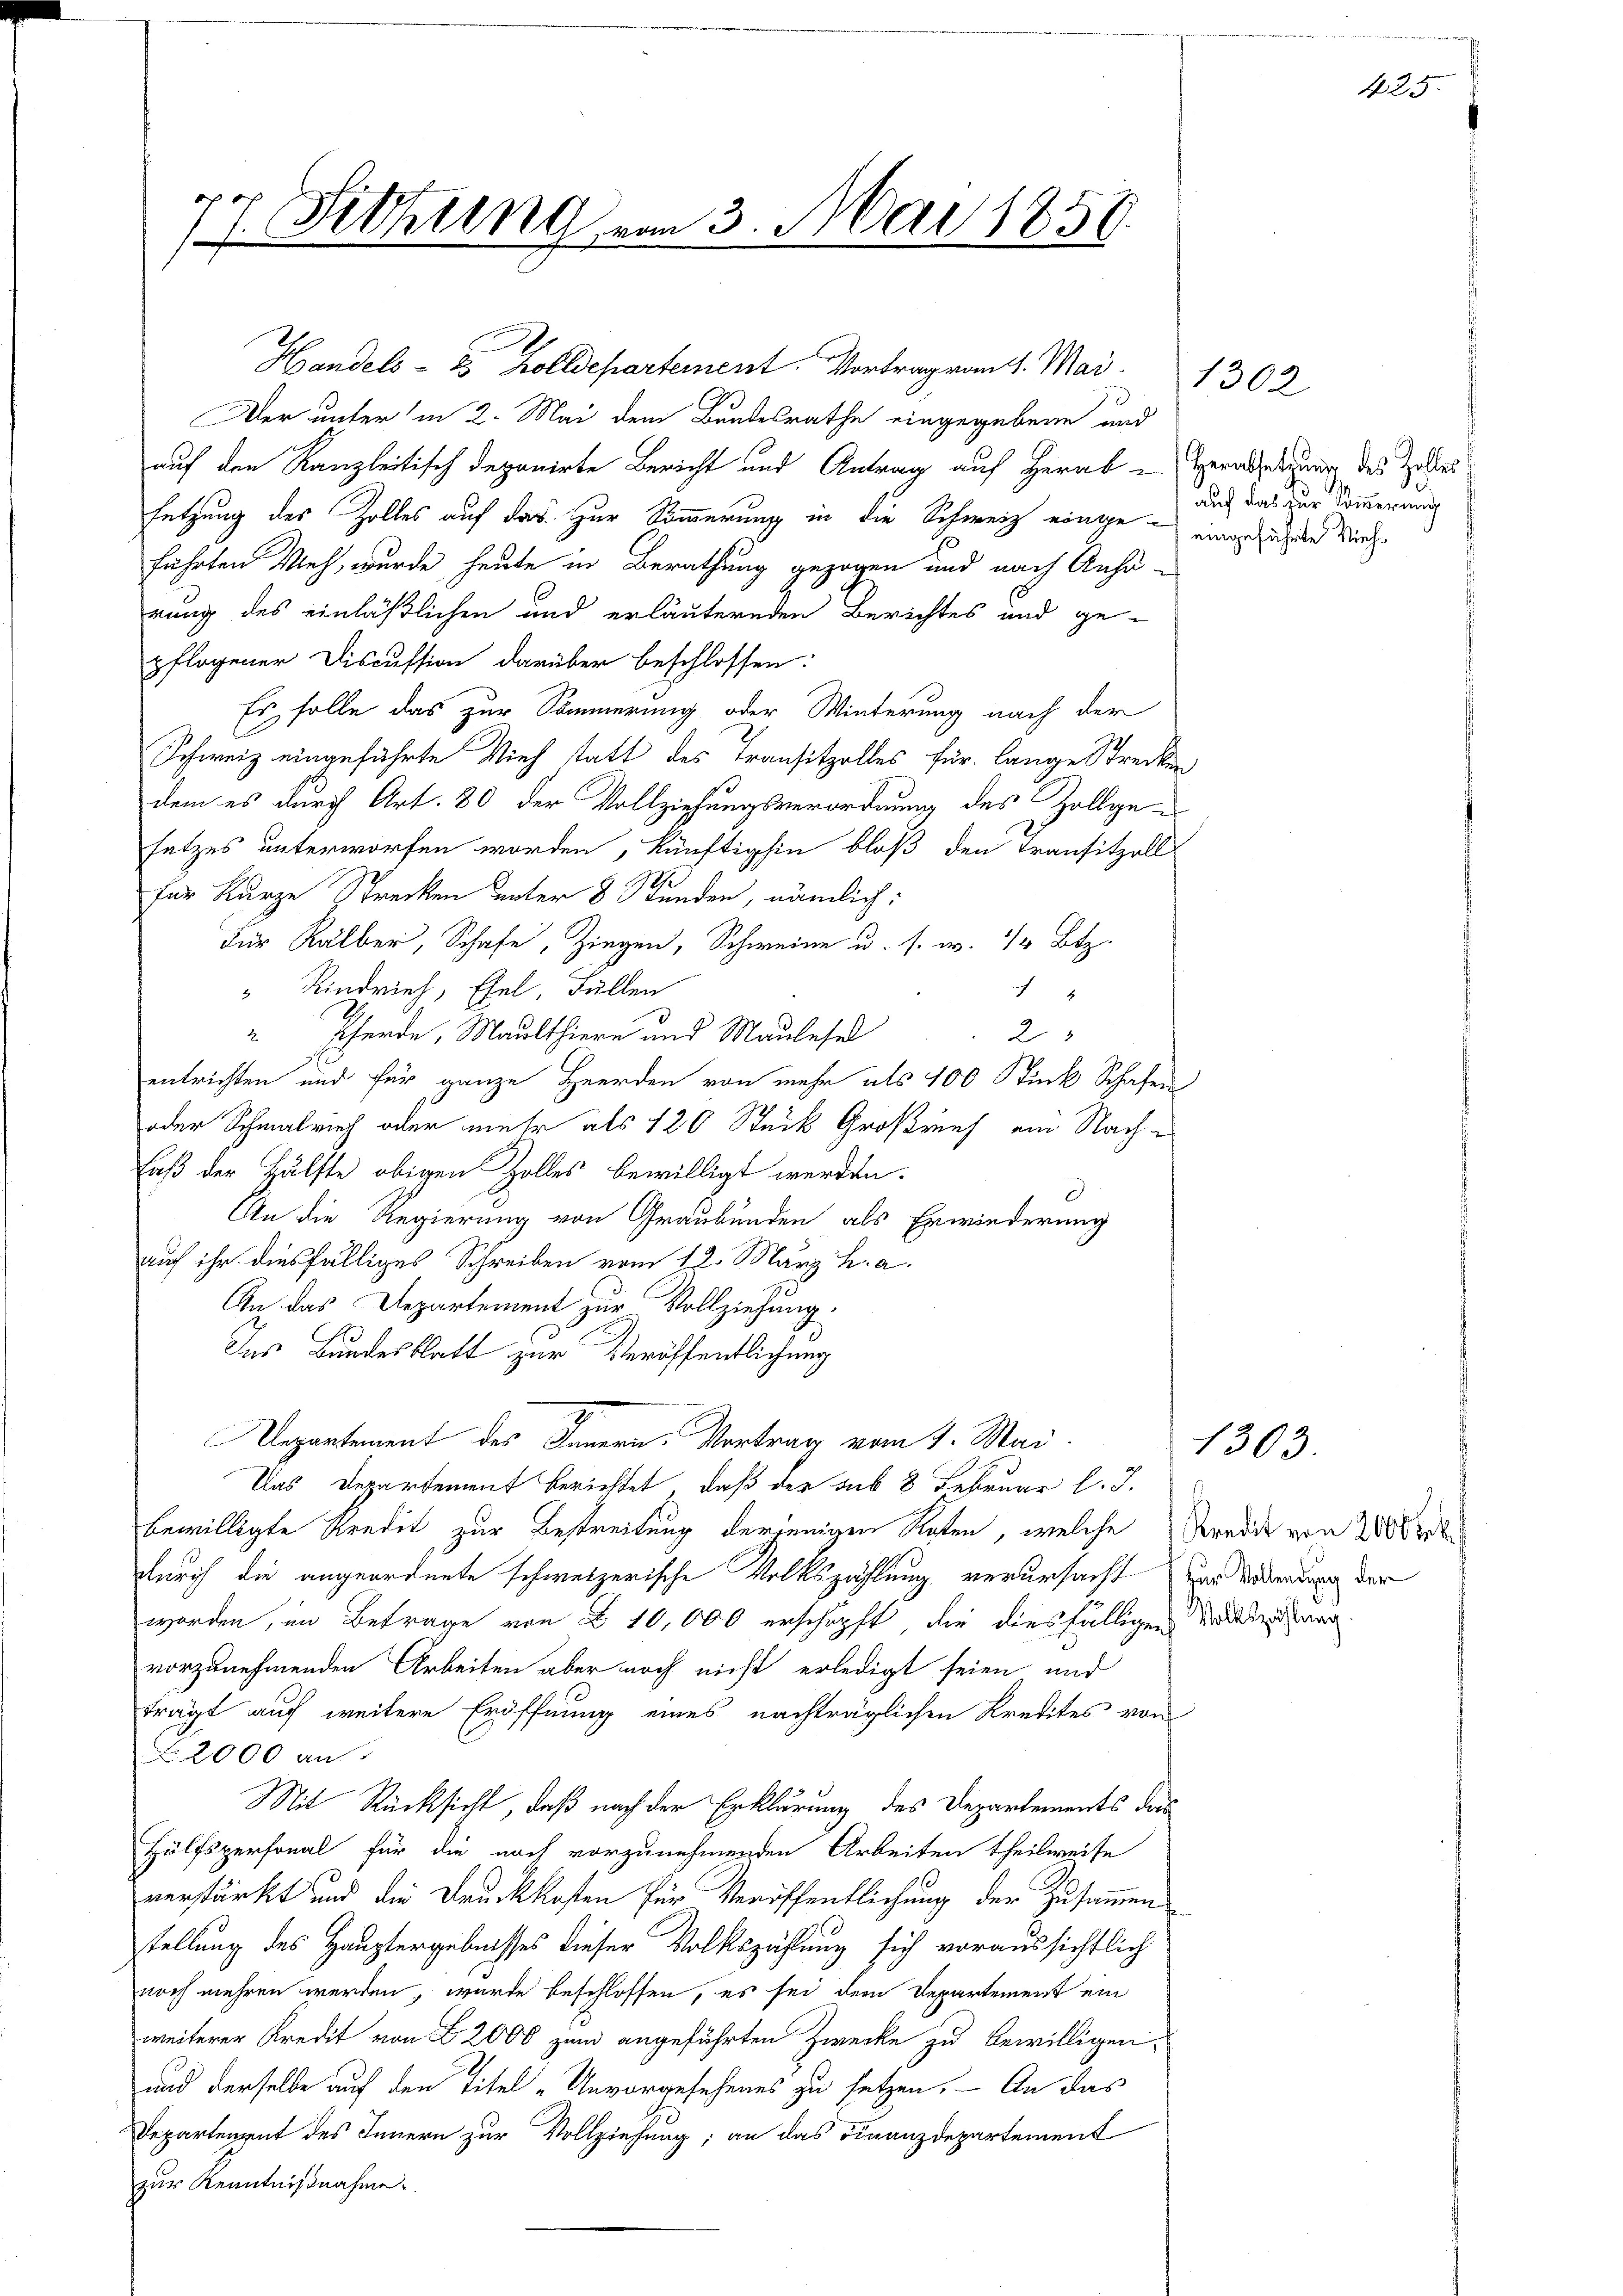
77. Sitzung

Handels- & Zolldepartement. Vortrag von 1. Mai. 1302
Der unter in 2. Mai dem Bundesrathe eingegebene und
auf den Kanzleitisch deponirte Bericht und Antrag auf Herab-Herabsetzung des Zelles
setzung des Zolles auf das zur Sommerung in die Schweiz eingeführten Weh, wurde heute in Berathung gezogen und nach Anhä-
rung des einläßlichen und erläuternden Berichtes und ge-
pflogener Discussion darüber beschlossen:
Es solle das zur Sommerung oder Winterung nach der
Schweiz eingeführte Vieh statt des Transitzolles für lange Strecken
dem es durch Art. 80 der Vollziehungsverordnung des Zollgesetzes unterworfen worden, künftighin bloß den Transitzell
für Kurze Strecken unter 8 Stunden, nämlich:
Für Kälber, Schafe, Ziegen, Schweine u. s. w. 4 Btz.
 Rindvieh, Esel, Füllen
4
“ Pferde, Maulthiere und Maulese
2
entrichten und für ganze Herden von mehr als 100 Stick Schafen
oder Schmalrieh oder mehr als 120 Stück Großrief am Nach¬
Faß der Hälfte obigen Zolles bewilligt werden.
An die Regierung von Graubünden als Erwänderung
auf ihr diesfälliges Schreiben vom 12. März h. a.
An das Departement zur Vollziehung.
Ins Bundesblatt zur Veröffentlichung
Departement des Innern. Vortrag vom 1. Mai
Uas Departement berichtet, daß der sub 8 Februar l. J.
bewilligte Kredit zur Bestreitung derjenigen Raten, welche Kredit von 2800
durch die angeordnete schweizerische Volkszahlung verursacht zur Anderung der
worden, im Betrage von § 10,000 erschöpft, die diesfälligen Mildenar
vorzunehmenden Arbeiten aber noch nicht erledigt seien und
trägt auch weitere Eröffnung eines nachträglichen Kredites von
2000 an
Mit Rücksicht, daß nach der Erklärung des Departements das
Hülfspersonal für die noch vorzunehmenden Arbeiten theilweise
verstärkt und die Druckkosten für Veröffentlichung der Zusammen
tellung des Hauptergebnisses dieser Volkszählung sich voraussichtlich
noch mehren werden, wurde beschlossen, es sei dem Departement ein
weiterer Kredit von § 2000 zum angeführten Zwecke zu bewilligen.
und derselbe auf den Titel „Unvorgesehenes zu setzen. — An das
Departengut des Innern zur Vollziehung; an das Finanzdepartement
zur Kenntnißnahme.

23. Mai 1851.

auf das zur Sommerung
eingeführte Vieh¬

1303.

425.